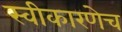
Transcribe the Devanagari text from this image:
स्वीकारणेच